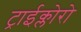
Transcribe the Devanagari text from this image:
ट्राईक्लोरो